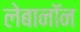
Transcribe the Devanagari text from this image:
लेबानॉन